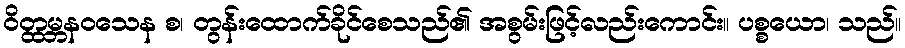
ဝိတ္ထမ္ဘနဝသေန စ၊ တွန်းထောက်ခိုင်စေသည်၏ အစွမ်းဖြင့်လည်းကောင်း။ ပစ္စယော၊ သည်။